Preliminary report on an investigation into the etiology of Oriental sore in Cambay - Number 50
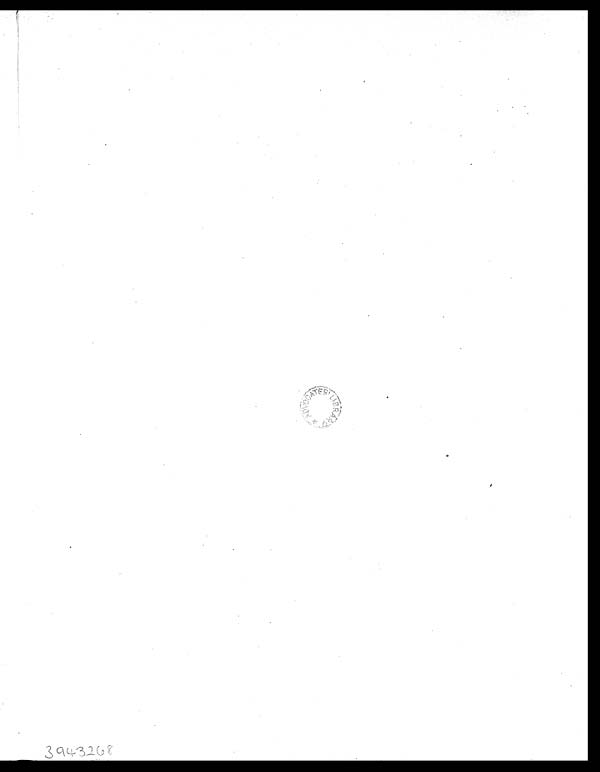
3943268